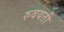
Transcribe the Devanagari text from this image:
रुवयती